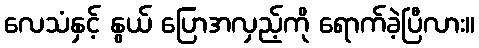
လေသံနှင့် နွယ် ပြောအလှည့်ကို ရောက်ခဲ့ပြီလား။